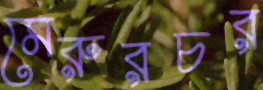
মেরুরচর